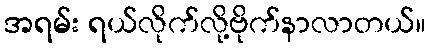
အရမ်း ရယ်လိုက်လို့ဗိုက်နာလာတယ်။